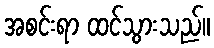
အစင်းရာ ထင်သွားသည်။